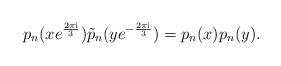
LaTeX: \begin{align*}p_{n}(x e^{\frac{2\pi{\rm i}}{3}})\tilde{p}_{n}(y e^{-\frac{2\pi{\rm i}}{3}})=p_{n}(x)p_{n}(y).\end{align*}